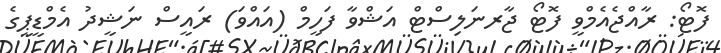
ފޮޓޯ: ރާއްޖެއެމްވީ ފޮޓޯ ޖާރނަލިސްޓް އަޝްވާ ފަހީމް (އައްވަ) ރައީސް ނަޝީދު އެމްޑީޕީގެ